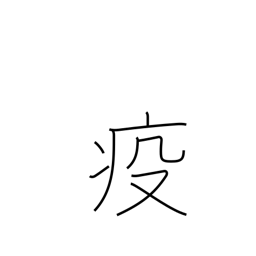
Meaning: epidemic